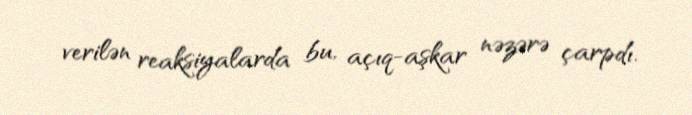
verilən reaksiyalarda bu, açıq-aşkar nəzərə çarpdı.